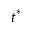
t ^ { * }